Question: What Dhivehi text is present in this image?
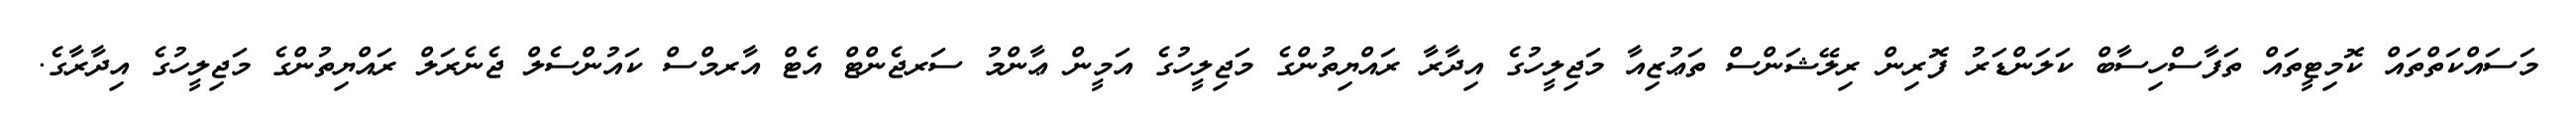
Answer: މަސައްކަތްތައް ކޮމިޓީތައް ތަފާސްހިސާބް ކަލަންޑަރު ފޮރިން ރިލޭޝަންސް ތަޢުޒިއާ މަޖިލީހުގެ އިދާރާ ރައްޔިތުންގެ މަޖިލީހުގެ އަމީން ޢާންމު ސަރޖެންޓް އެޓް އާރމްސް ކައުންސެލް ޖެނެރަލް ރައްޔިތުންގެ މަޖިލީހުގެ އިދާރާގެ.